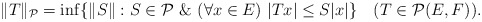
\begin{align*} \|T\|_{{\cal P}}= \inf\{\|S\|: S\in{\cal P}\ \&\ (\forall x\in E)\ |Tx|\le S|x|\} \ \ \ (T\in{\cal P}(E,F)).\end{align*}